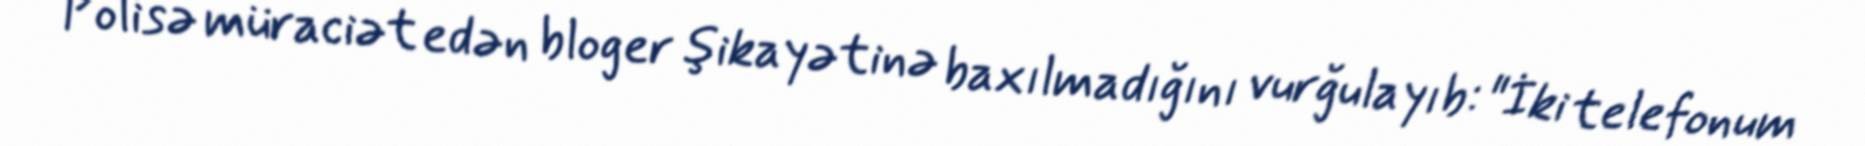
Polisə müraciət edən bloger şikayətinə baxılmadığını vurğulayıb: "İki telefonum